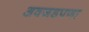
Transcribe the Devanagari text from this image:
अवजडपणा